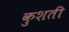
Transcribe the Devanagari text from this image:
कुशती